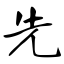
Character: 先